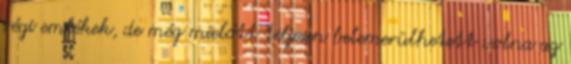
régi emlékek, de még mielőtt teljesen belemerülhetett volna az